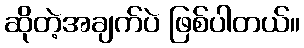
ဆိုတဲ့အချက်ပဲ ဖြစ်ပါတယ်။